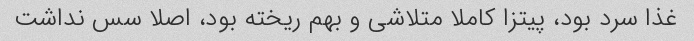
غذا سرد بود، پیتزا کاملا متلاشی و بهم ریخته بود، اصلا سس نداشت